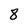
Character: 8